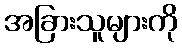
အခြားသူများကို